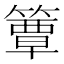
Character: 簟